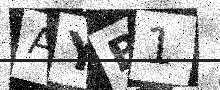
Text: AYB1